画像に写った文字を読んでください
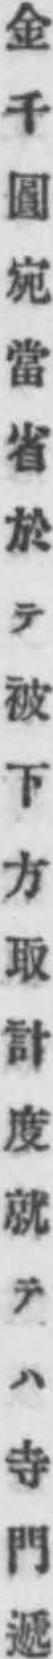
「金千圓宛當省於テ被下方取計度就テハ寺門遞」と書いてあります